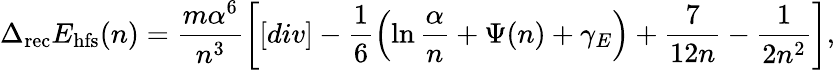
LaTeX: \Delta_{\mathrm{rec}}E_{\mathrm{hfs}}(n)=\frac{m\alpha^{6}}{n^{3}}\left[[div]-\frac{1}{6}\left(\ln\frac{\alpha}{n}+\Psi(n)+\gamma_{E}\right)+\frac{7}{12n}-\frac{1}{2n^{2}}\right],